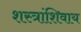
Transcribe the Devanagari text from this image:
शस्त्रांशिवाय